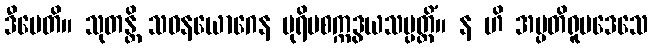
ဒီပေတိ။ သုတန္တိ သဝနယောဂေန ပုရိမစက္ကဒွယသမ္ပတ္တိံ။ န ဟိ အပ္ပတိရူပဒေသေ